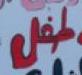
طفل